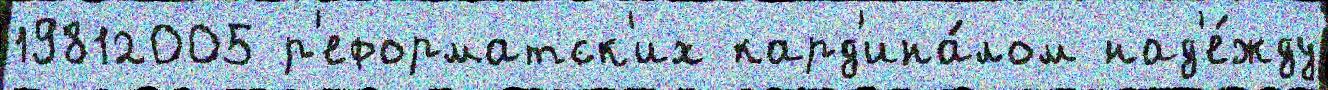
19812005 р'еформатск'их кард'ина́лом над'е́жду